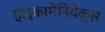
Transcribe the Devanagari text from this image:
हल्कामेनियेक्स